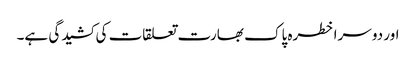
اور دوسرا خطرہ پاک بھارت تعلقات کی کشیدگی ہے۔